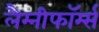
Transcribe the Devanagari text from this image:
लैम्नीफॉर्म्स